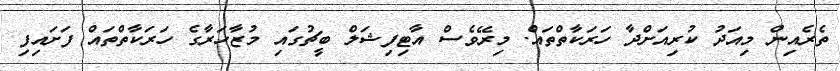
ތެރެއިން މިއަދު ކުރިއަށްދާ ހަރަކާތްތައް. މިރޭވެސް އާޓިފިޝަލް ބީޗުގައި މުޒާހަރާގެ ހަރަކާތްތައް ފަށައިފި